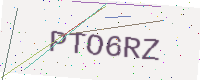
Text: PTO6RZ